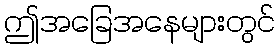
ဤအခြေအနေများတွင်